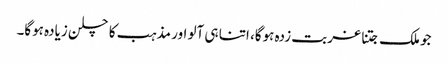
جو ملک جتنا غربت زدہ ہوگا، اتنا ہی آلو اور مذہب کا چلن زیادہ ہوگا۔